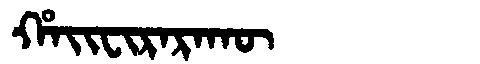
Manchu: ᡥᠠᡳᠸᡳᡵᠠᡵᠠᡴᡡ
Romanization: HAIFIRARAKŪ